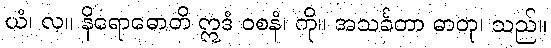
ယံ၊ လ။ နိရောဓောတိ ဣဒံ ဝစနံ၊ ကို။ အသင်္ခတာ ဓာတု၊ သည်။